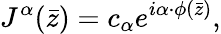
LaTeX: J^{\alpha}(\bar{z})=c_{\alpha}e^{i\alpha\cdot\phi(\bar{z})},